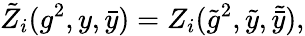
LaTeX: {\tilde{Z}_{i}}(g^{2},y,\bar{y})=Z_{i}({\tilde{g}^{2},\tilde{y},\tilde{\bar{y}}}),